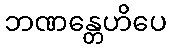
ဘဏန္တေဟိပေ